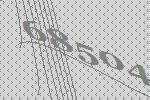
68504